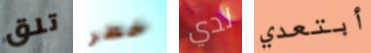
تلق خطر لدي أبتعدي